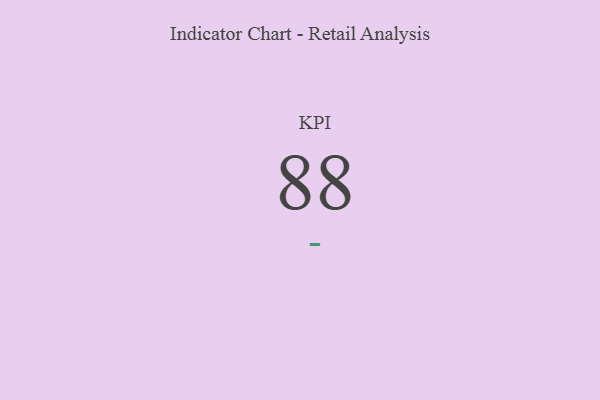
{"axis": {"x": "KPI", "y": "Value"}, "legend": [""], "data": [{"x": "KPI", "y": 88, "type": ""}]}